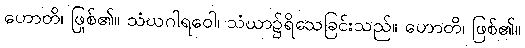
ဟောတိ၊ ဖြစ်၏။ သံဃဂါရဝေါ၊ သံဃာ၌ရိုသေခြင်းသည်။ ဟောတိ၊ ဖြစ်၏။